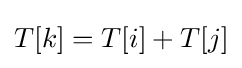
T[k]=T[i]+T[j]